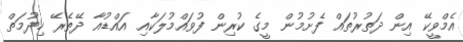
އެމްވީކޭ އިން ދަތުރުތައް ފެށުމުން މީގެ ކުރިން ފުވައްމުލަކާއި އައްޑުއާ ދޭތެރޭ ހިދުމަތް